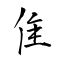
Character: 隹